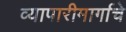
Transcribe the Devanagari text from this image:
व्यापारीमार्गाचे